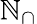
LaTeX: \mathbb{N}_{\cap}